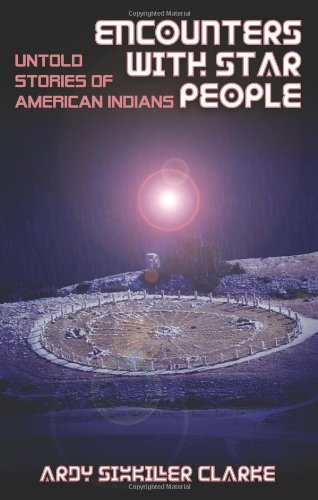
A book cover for ENCOUNTERS WITH STAR PEOPLE: Untold Stories of American Indians; Ardy Sixkiller Clarke; Science & Math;